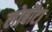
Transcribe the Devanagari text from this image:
लोबोंटा